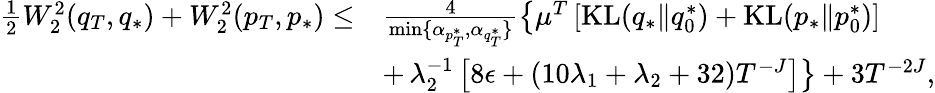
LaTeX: \begin{array}{rl}{\frac{1}{2}W_{2}^{2}(q_{T},q_{*})+W_{2}^{2}(p_{T},p_{*})\leq}&{\frac{4}{\operatorname*{min}\{ \alpha_{p_{T}^{*}},\alpha_{q_{T}^{*}}\} }\left\{ \mu^{T}\left[\mathrm{KL}(q_{*}\| q_{0}^{*})+\mathrm{KL}(p_{*}\| p_{0}^{*})\right]\right.}\\ &{+\left.\lambda_{2}^{-1}\left[8\epsilon+(10\lambda_{1}+\lambda_{2}+32)T^{-J}\right]\right\} +3T^{-2J},}\end{array}